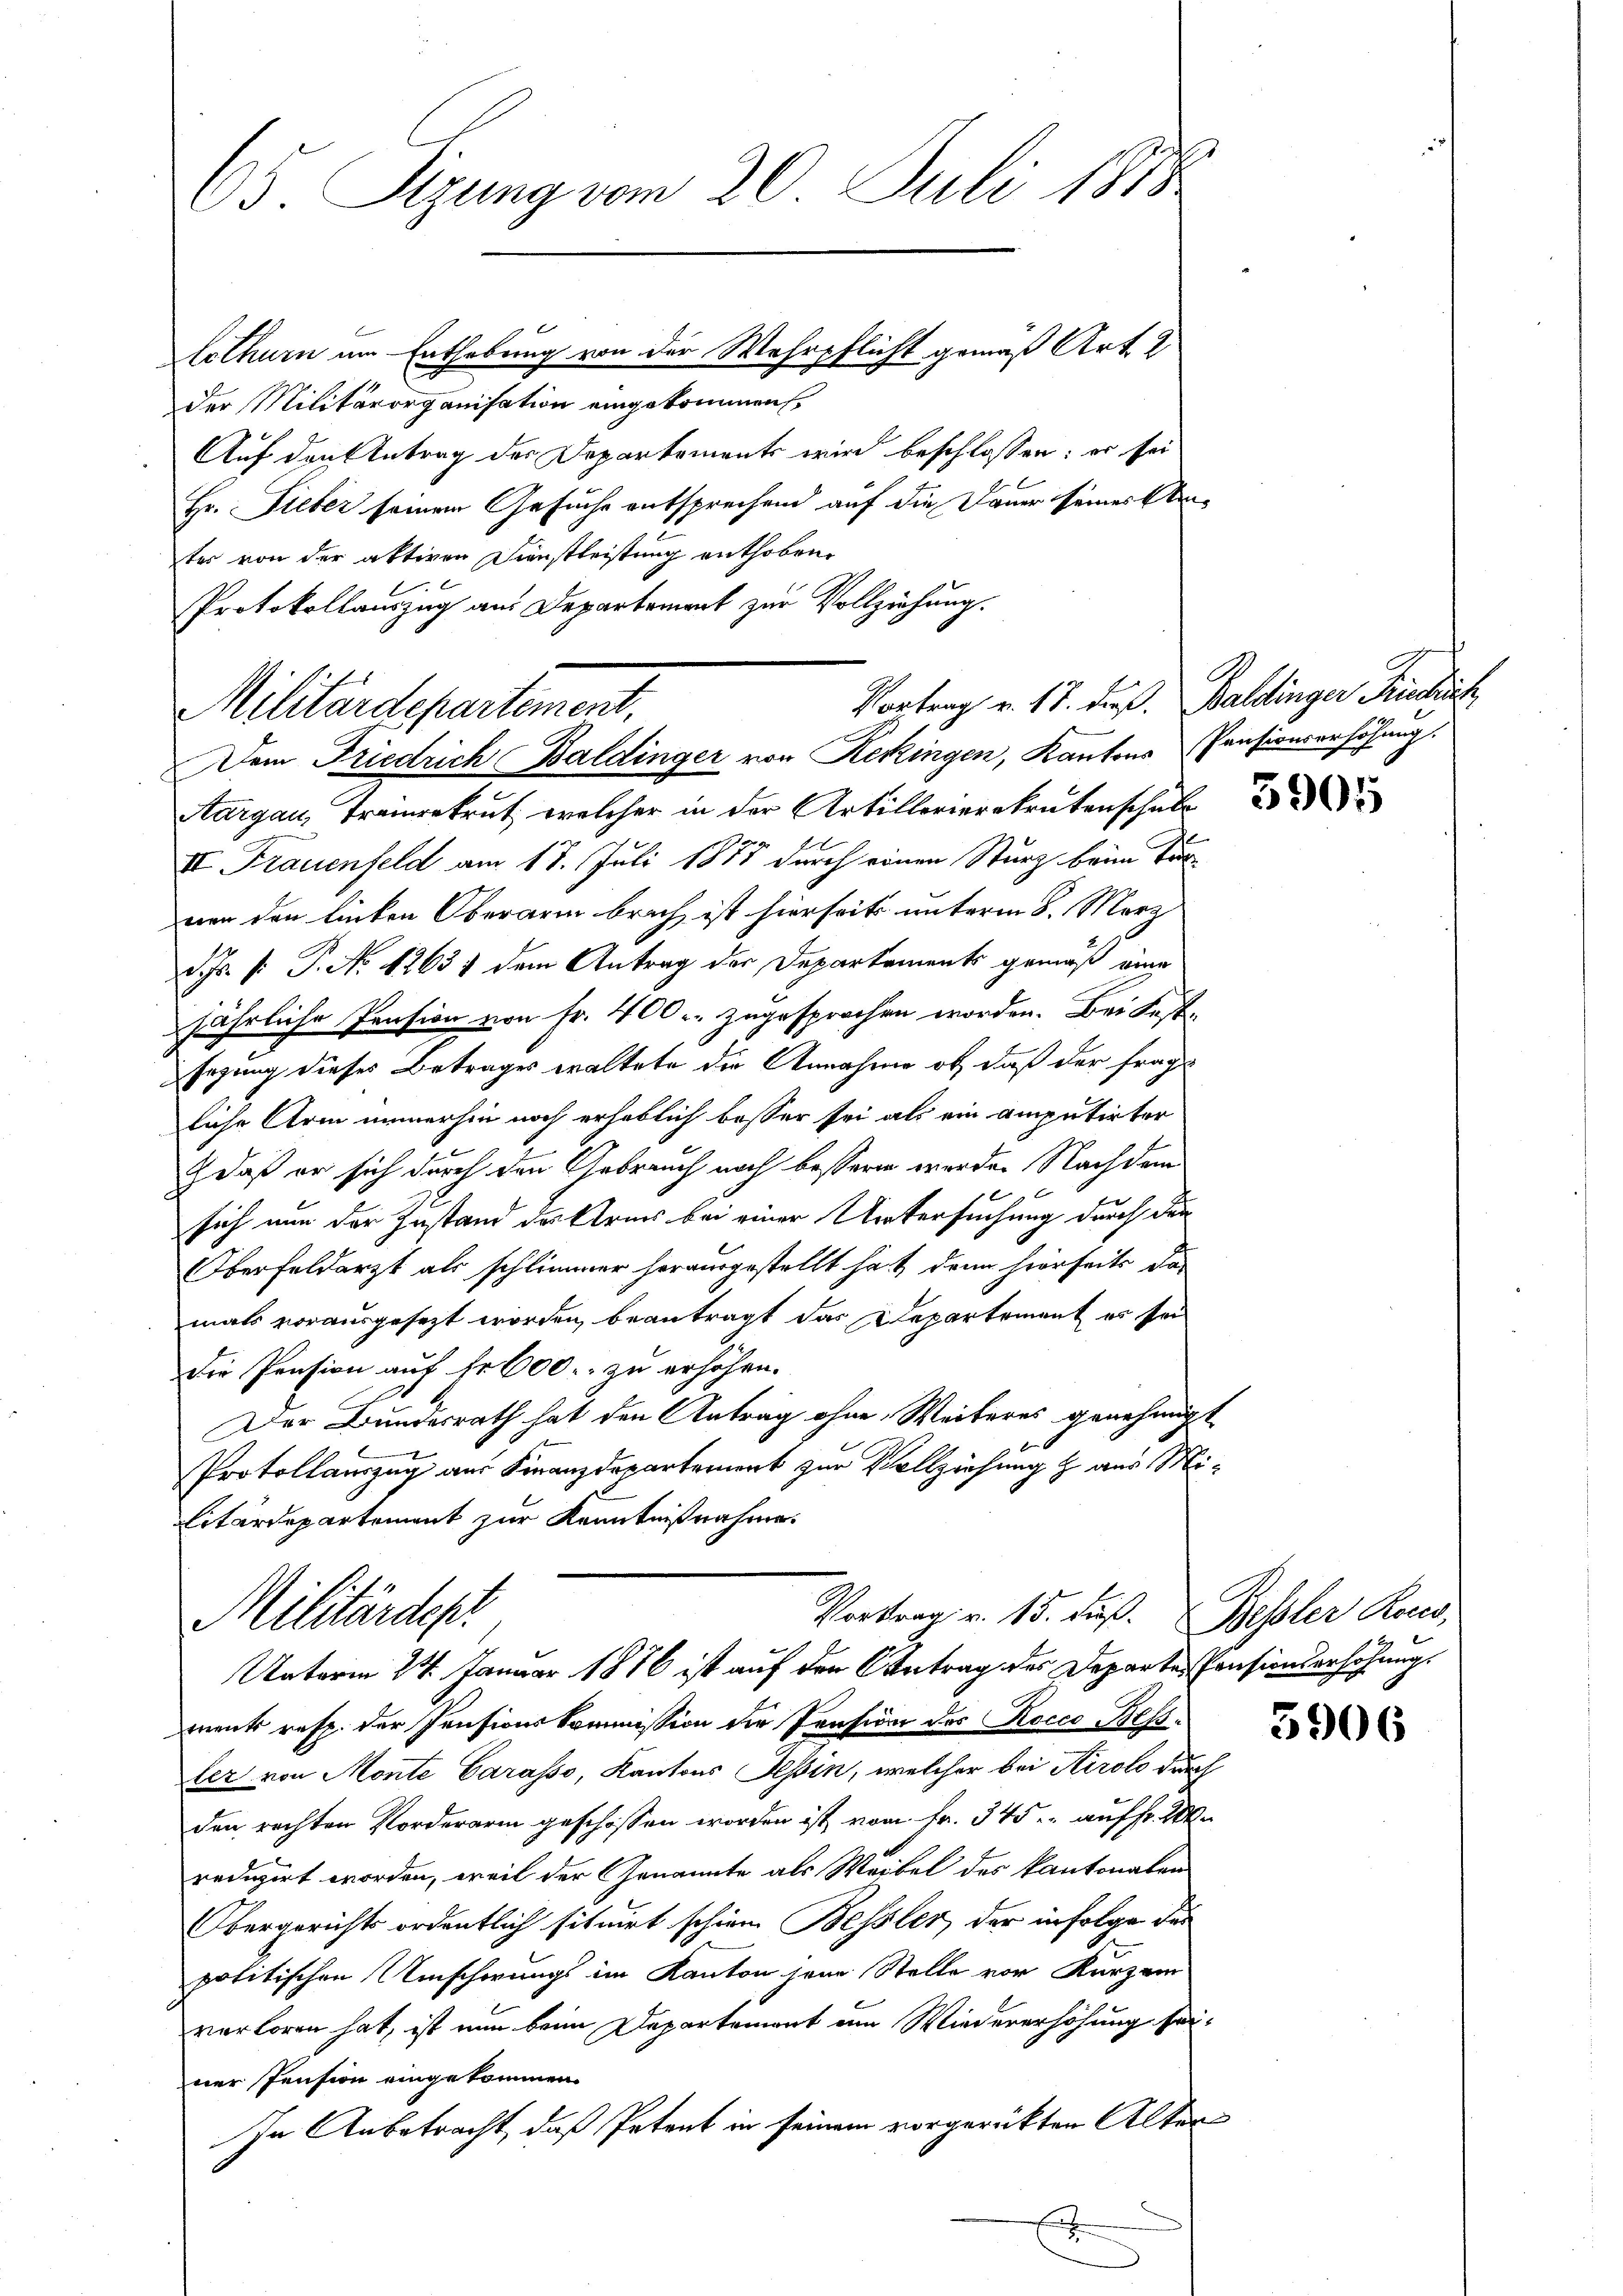
B. Sizung vom 20. Juli 1878
lothurn am Enthebung von der Wehrpflicht gemäß Art. 2
der Militärorganisation eingekommen
Auf den Antrag der Departements wird beschlossen: er sei
Hr. Sieber seinem Gesuche entsprechend auf die Dauer seines Stei¬

ter von der aktiven Dienstleistung enthoben.
Protokollauszug aus Departement zur Vollziehung.

Militärdepartement,
Dem Friedrich Baldinger von Kekingen, Kantons Pensionserhöhung.

Aargau, Tramer welcher in der Artillerieretentenschule
1
II Frauenfeld am 17. Juli 1811 durch einen Sturz beim To
von den linken Oberarm brach, ist hierseits unterm 8. März
d.J. P. P. Nr. 12631 dem Antrag der Departements gemäß eine
jährliche Pension von Fr. 400. zugesprochen worden. Bei Festsagung dieses Betrages waltete die Annahme ob, daß der frage
liche Arm immerhin noch erheblich besser sei als ein amputirter
 daß er sich durch den Gebrauch noch bessern werden Nachdem
sich nun der Instand der Arnes bei einer Untersuchung durch den
Oberfeldarzt als schlimmer herausgestellt hat denn hierseits das
mals vorausgesezt worden, beantragt das Departement es sei
Die Pension auf Fr. 600. zu erhöhen.
Der Bundesrath hat den Antrag ohne Weiteres genehmigt
Protollauszug aus Finanzdepartement zur Vollziehung & aus Mi¬
Eitärdepartement zur Kenntnißnahme

Vortrag v. 17. dieß. Baldinger Kriechisch

ment resp. der Pensionskommission die Pension des Rocco Bessler von Monte Carasso, Kantons Tessin, welcher bei Airolo durch
den rechten Vorderarin geschossen worden ist vom Fr. 345 auf fr. Wa
reduzirt worden, weil der Genannte als Weibel des Kantonalen
Obergerichts ordentlich situirt schien Bessler, der infolge der
politischen Umscherungs im Kanton jene Stelle vor Kurzen
verloren hat, ist nun beim Departement am Wiedererhöhung seiner Pension eingekommen.
In Anbetracht, daß Petent in seinem vorgerückten Alter
E

Vortrag v. 15. dß.
Militärdep
Unterm 24. Januar 1876 ist auf den Antrag des Departe Pensionserhöhungs

Bessler Rand,

5906